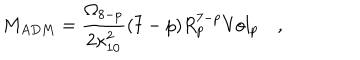
LaTeX: M _ { A D M } = { \frac { \Omega _ { 8 - p } } { 2 \kappa _ { 1 0 } ^ { 2 } } } ( 7 - p ) R _ { p } ^ { 7 - p } { \mathrm { V o l } } _ { p } \quad ,